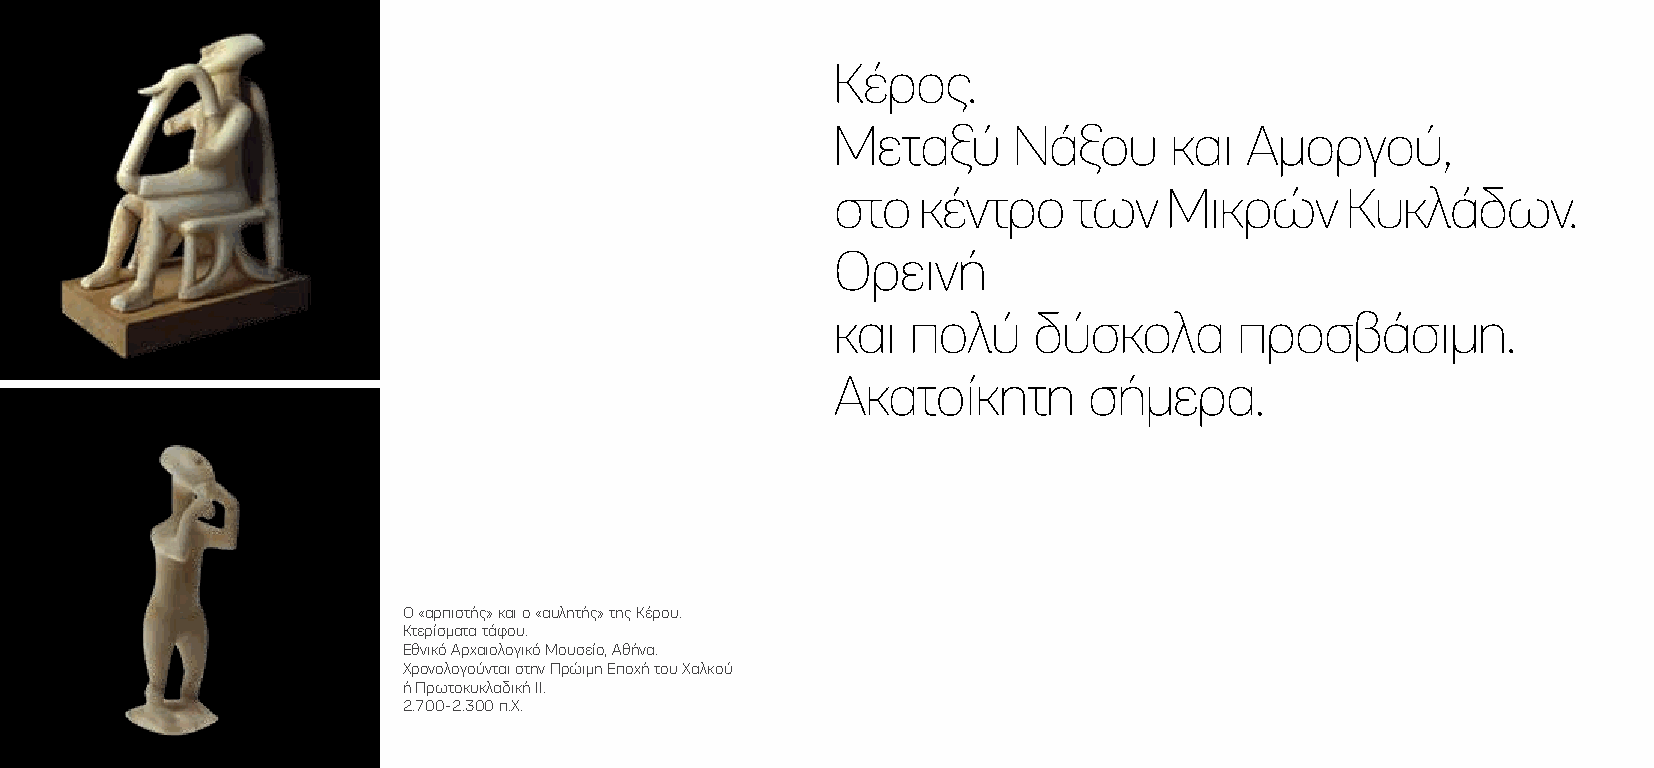
Κέρος.
 Μεταξύ      Νάξου     και  Αµοργού,
 στο   κέντρο    των   Μικρών      Κυκλάδων.
 Ορεινή
 και  πολύ    δύσκολα       προσβάσιµη.
 Aκατοίκητη       σήµερα.
 Ο «αρπιστής» και ο «αυλητής» της Κέρου.
 Κτερίσματα τάφου.
 Εθνικό Αρχαιολογικό Μουσείο, Αθήνα.
 Χρονολογούνται στην Πρώιμη Εποχή του Χαλκού
 ή Πρωτοκυκλαδική ΙΙ.
 2.700-2.300 π.Χ.